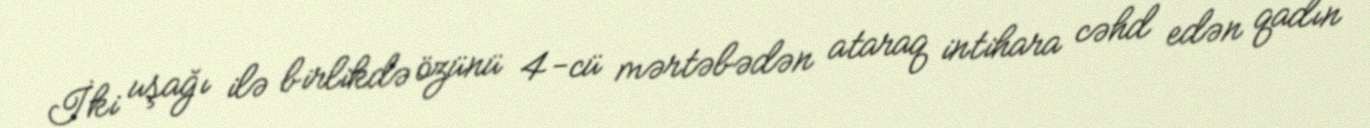
İki uşağı ilə birlikdə özünü 4-cü mərtəbədən ataraq intihara cəhd edən qadın